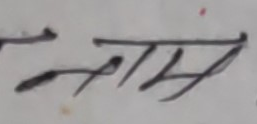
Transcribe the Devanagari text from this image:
१ माथिमा